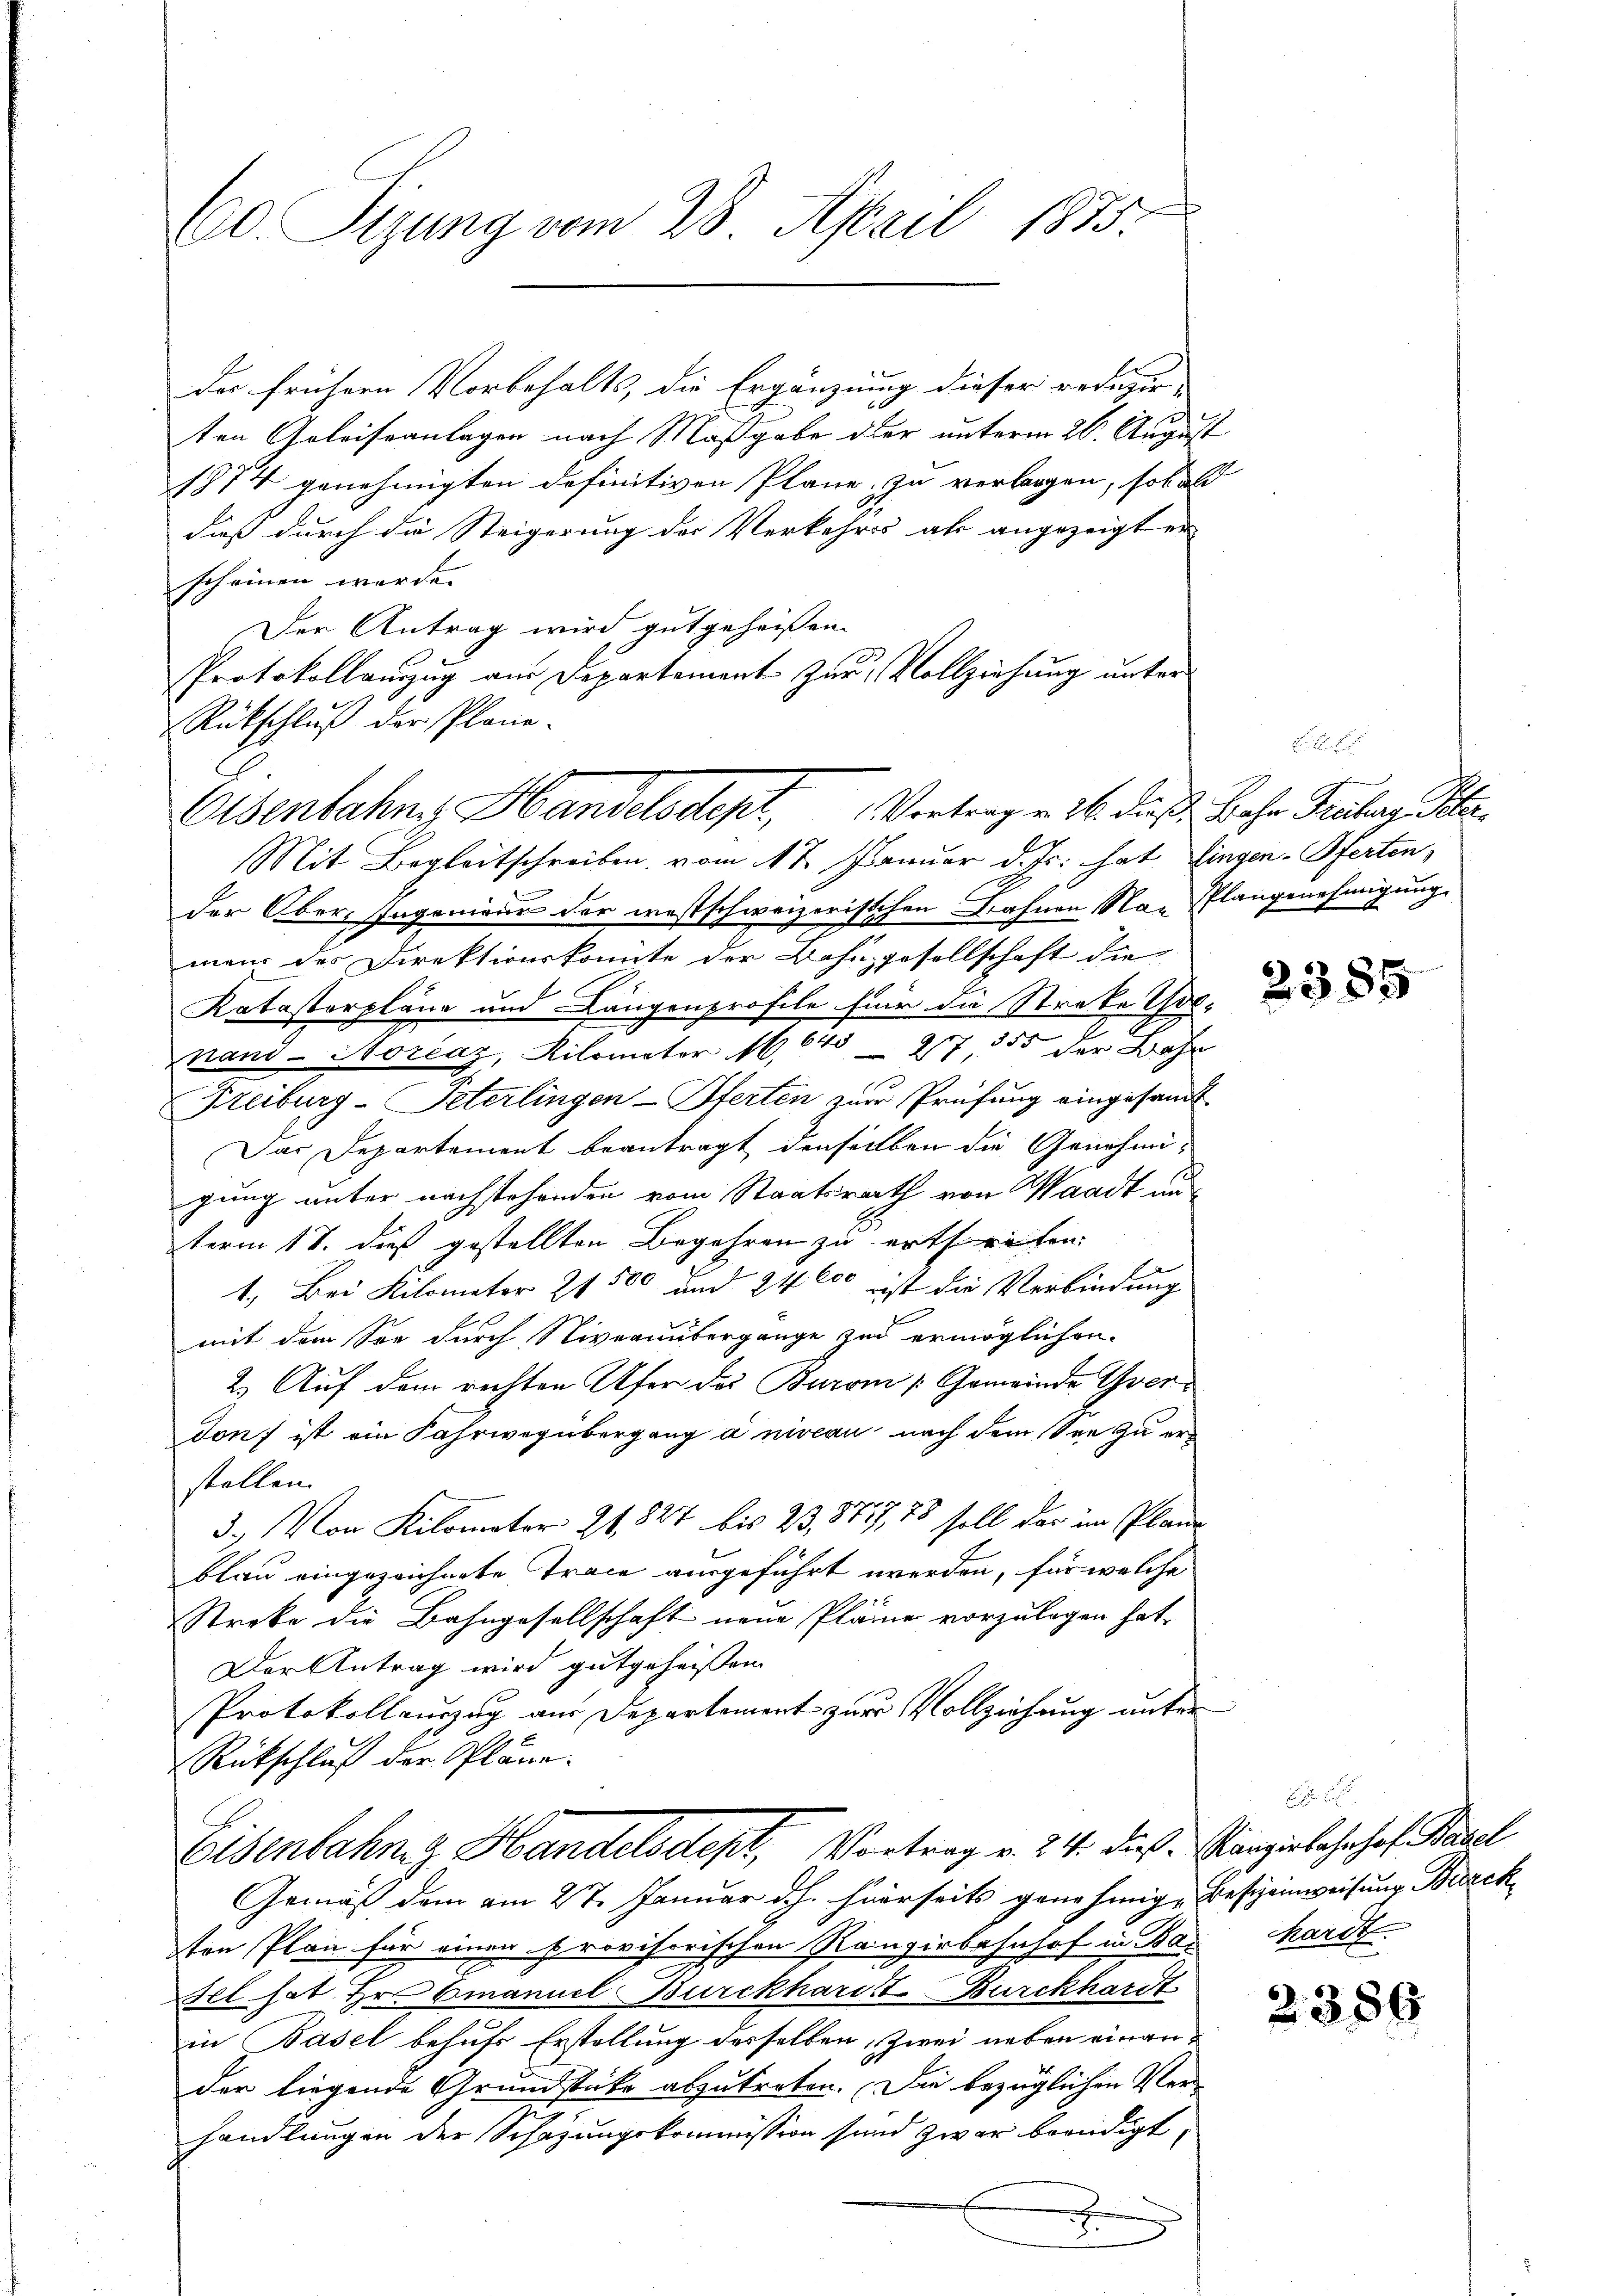
60 Sizung vom 28. April 1873.

der frühern Vorbehalts, die Ergänzung dieser reduzir-
ten Geleiseanlagen nach Maßgabe der unterm 26. August
1874 genehmigten definitiven Pläne, zu verlangen, sobald
dieß durch die Steigerung der Verkehres als angezeigt er
scheinen werde.
Der Antrag wird gutgeheißen.
Protokollauszug aus Departement zur Vollziehung unter
Rückschluß der Plane.
Mit Begleitschreiben vom 17. Januar d. Js. hat Eingen-Pferten,
der Ober-Ingenieur der westschweizerischen Bahnen Nan Plangenehmigung
man des Direktionskomite der Bahngesellschaft die
Katastorpläne und Längenprofile für die Streke Gotnand - Horčaz, Kilometer S. 640 97 355 der Wahr
Freiburg-Peterlingen Pferten zur Prüfung eingesandt
Das Departement beantragt denselben die Genehmigung unter nachstehenden vom Staatsrath von Waadt unterm 18. dieß gestellten Begehren zu ertheilen.
1.) Bei Kilomator 2500 und 24000 ist die Verbindung
mit dem See durch Niveranbergange zu ermöglichen
2.) Auf dem rechten Ufer des Burom [Gemeinde Grerdonf ist ein Fahrwegübergang a niveau nach dem See zu erstellen.
3. Von Kilometer 21, 827 bis 23,8727,75 soll der im Plane
blau eingezeichnete Trace ausgeführt werden, für welche
Streke die Bahngesellschaft neue Pläne vorzulegen hat,
Der Antrag wird gutgeheissen.
Protokollauszug aus Departement zur Vollziehung unter
Rückschluß der Pläne.
Eisenbahng Handelsdept, Vortrag v. 24. dieß. Manzielahrhof Basel
Gemäß dem am 27. Januar d. h. hierseits genehmige Besteinweisung Breck
ten Plan für einen provisorischen Rangirbahnhof in Barhardt
Fel hat Hr. Emanuel Burckharitt Burckhardt
in Basel behufs Erstellung desselben, zwei neben einander liegende Grundstücke abzutreten. Die bezüglichen Verhandlungen der Schazungskommission sind zwar beendigt,
e

Osenbahne Handelsdept, Vertrag v. 16. daß Bohr Traber Pl

2385

2356.